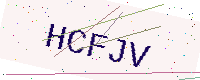
Text: HCFJV